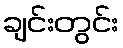
ချင်းတွင်း